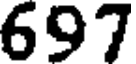
697